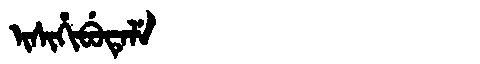
Manchu: ᡳᠰᡳᡥᡳᠪᡠᡨᡝᠯᡝ
Romanization: ISIHIBUTELE